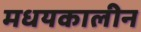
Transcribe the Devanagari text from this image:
मधयकालीन